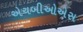
એચબીઓએસ